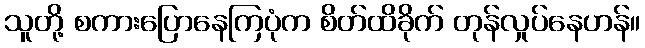
သူတို့ စကားပြောနေကြပုံက စိတ်ထိခိုက် တုန်လှုပ်နေဟန်။